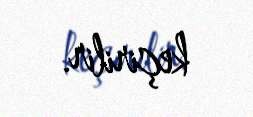
keçirilir.